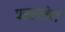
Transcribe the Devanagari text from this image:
पसरलेलं